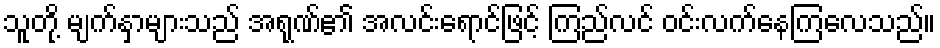
သူတို့ မျက်နှာများသည် အရုဏ်၏ အလင်းရောင်ဖြင့် ကြည်လင် ဝင်းလက်နေကြလေသည်။